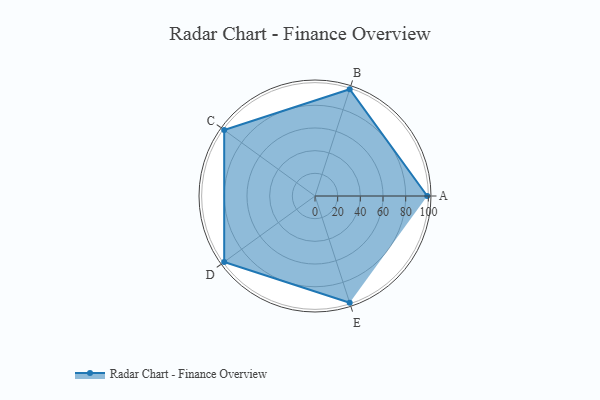
{"axis": {"x": "Skill", "y": "Score"}, "legend": ["Profile"], "data": [{"x": "A", "y": 99.0, "type": "Profile"}, {"x": "B", "y": 99, "type": "Profile"}, {"x": "C", "y": 99, "type": "Profile"}, {"x": "D", "y": 99, "type": "Profile"}, {"x": "E", "y": 99, "type": "Profile"}]}